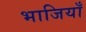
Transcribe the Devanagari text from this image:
भाजियाँ